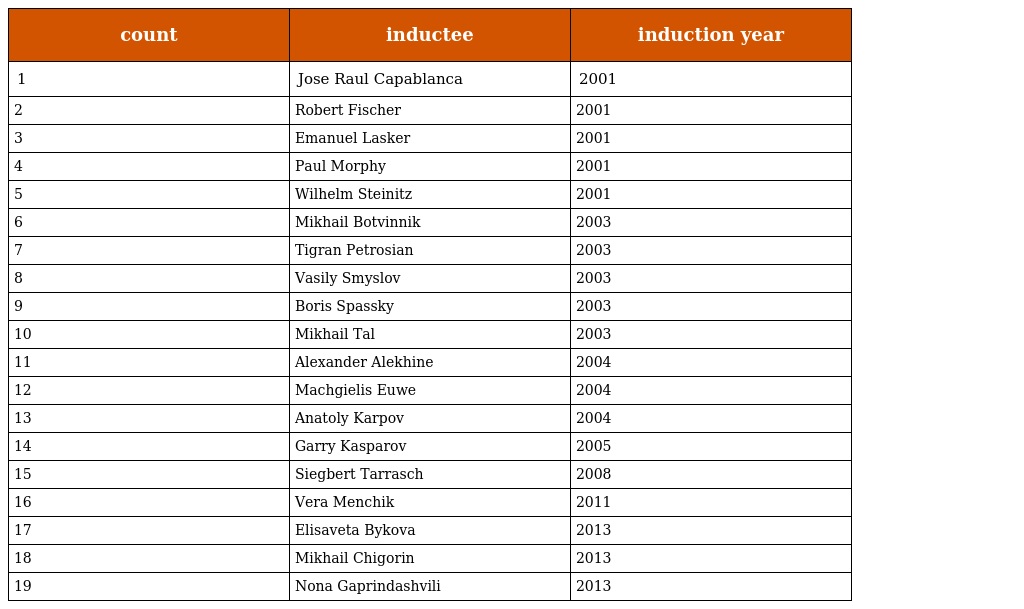
| count | inductee | induction year |
 | --- | --- | --- |
 | 1 | Jose Raul Capablanca | 2001 |
 | 2 | Robert Fischer | 2001 |
 | 3 | Emanuel Lasker | 2001 |
 | 4 | Paul Morphy | 2001 |
 | 5 | Wilhelm Steinitz | 2001 |
 | 6 | Mikhail Botvinnik | 2003 |
 | 7 | Tigran Petrosian | 2003 |
 | 8 | Vasily Smyslov | 2003 |
 | 9 | Boris Spassky | 2003 |
 | 10 | Mikhail Tal | 2003 |
 | 11 | Alexander Alekhine | 2004 |
 | 12 | Machgielis Euwe | 2004 |
 | 13 | Anatoly Karpov | 2004 |
 | 14 | Garry Kasparov | 2005 |
 | 15 | Siegbert Tarrasch | 2008 |
 | 16 | Vera Menchik | 2011 |
 | 17 | Elisaveta Bykova | 2013 |
 | 18 | Mikhail Chigorin | 2013 |
 | 19 | Nona Gaprindashvili | 2013 |